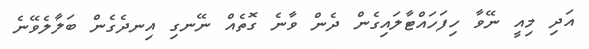
އަދި މިއީ ނޭވާ ހިފަހައްޓާލައިގެން ދެން ވާނެ ގޮތެއް ނޭނގި އިނދެގެން ބަލާލެވޭނެ